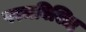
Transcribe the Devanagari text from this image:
परमविशिष्ठ